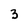
Character: 3